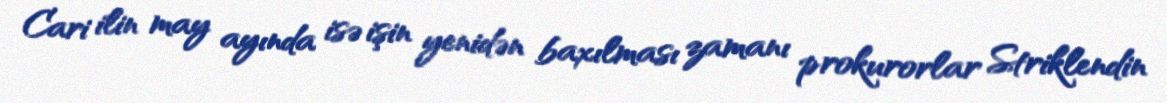
Cari ilin may ayında isə işin yenidən baxılması zamanı prokurorlar Striklendin